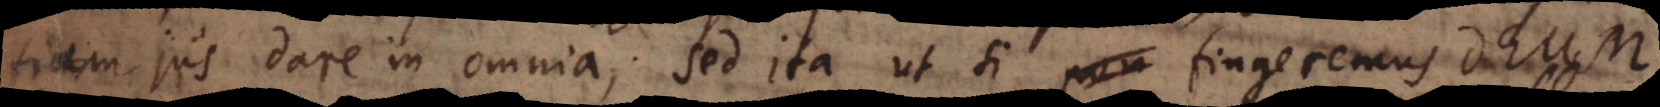
tiam jus dare in omnia; sed ita ut si fingeremus Deum